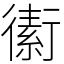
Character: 䘘